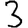
Digit: 3